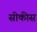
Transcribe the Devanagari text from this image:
सीकीस